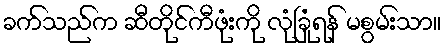
ခက်သည်က ဆီတိုင်ကီဖုံးကို လုံခြုံရန် မစွမ်းသာ။